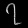
Digit: ၇